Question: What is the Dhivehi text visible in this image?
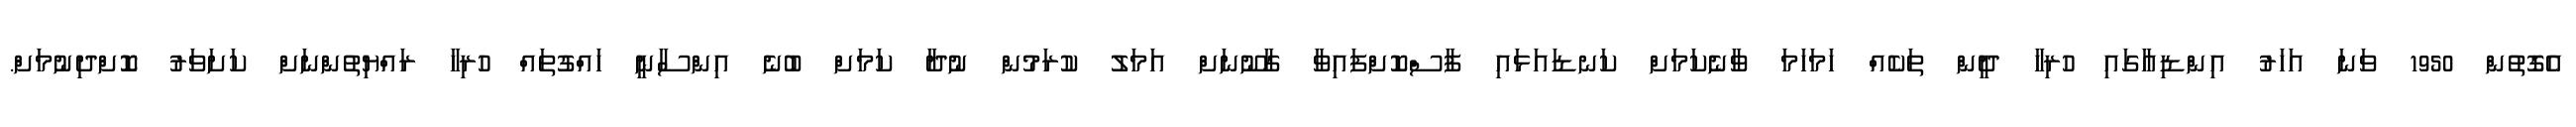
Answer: އެގޮތުން 1950 ވަނަ އަހަރު އިންޑިއާގައި ހުރިހާ ދީން ތަކެއް ހަމަހަމަ ވާނެކަމަށް ކަނޑައަޅައި ފާސްކޮށްފައިވާ ގާނޫނަށް އަމަލު ކުރަމުން ނުދާ ކަމަށް ބުނެ އިންސާނީ ހައްގުތައް ހުރިހާ ރައްޔިތުންނަށް ކަށަވަރު ކޮޮށްދިނުމަށް.